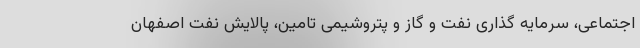
اجتماعی، سرمایه گذاری نفت و گاز و پتروشیمی تامین، پالایش نفت اصفهان